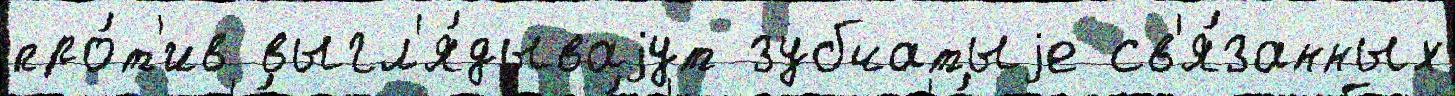
про́т'ив выгл'я́дываjут зубчатыjе св'я́занных